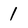
Character: 1